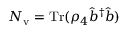
N _ { \mathrm { v } } = \mathrm { T r } ( \rho _ { 4 } \hat { b } ^ { \dagger } \hat { b } )